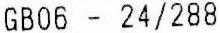
GB06 - 24/288